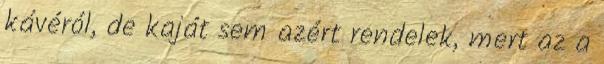
kávéról, de kaját sem azért rendelek, mert az a